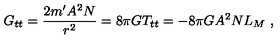
G _ { t t } = \frac { 2 m ^ { \prime } A ^ { 2 } N } { r ^ { 2 } } = 8 \pi G T _ { t t } = - 8 \pi G A ^ { 2 } N L _ { M } \ ,